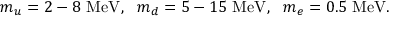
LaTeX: m _ { u } = 2 - 8 \ \mathrm { M e V } , \ \ m _ { d } = 5 - 1 5 \ \mathrm { M e V } , \ \ m _ { e } = 0 . 5 \ \mathrm { M e V } .